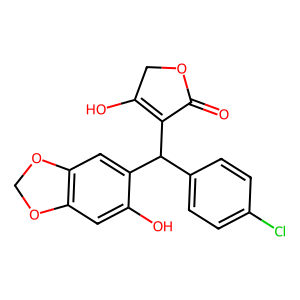
SMILES: O=C1OCC(O)=C1C(c1ccc(Cl)cc1)c1cc2c(cc1O)OCO2
Inhibits HIV replication: No